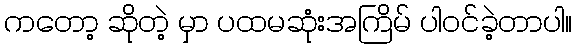
ကတော့ ဆိုတဲ့ မှာ ပထမဆုံးအကြိမ် ပါဝင်ခဲ့တာပါ။